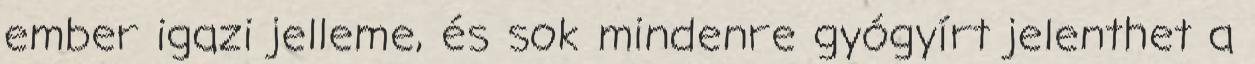
ember igazi jelleme, és sok mindenre gyógyírt jelenthet a